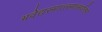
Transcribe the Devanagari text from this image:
भवेद्यस्मात्त्स्मात्सर्वोत्तमा